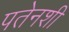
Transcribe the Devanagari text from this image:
पतेनशी